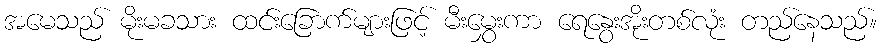
အမေသည် မိုးမခသား ထင်းခြောက်များဖြင့် မီးမွှေးကာ ရေနွေးအိုးတစ်လုံး တည်နေသည်။